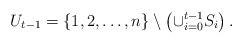
LaTeX: \begin{align*}U_{t-1} = \{1,2,\ldots,n\} \setminus\left(\cup_{i=0}^{t-1} S_i\right).\end{align*}